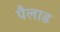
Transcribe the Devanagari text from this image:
पैलाड